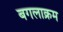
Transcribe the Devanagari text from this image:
बगलाक्रम